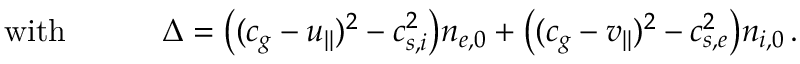
\begin{array} { r l } { \mathrm { w i t h } \qquad } & { { } \Delta = \big ( ( c _ { g } - u _ { | | } ) ^ { 2 } - c _ { s , i } ^ { 2 } \big ) n _ { e , 0 } + \big ( ( c _ { g } - v _ { | | } ) ^ { 2 } - c _ { s , e } ^ { 2 } \big ) n _ { i , 0 } \, . } \end{array}